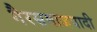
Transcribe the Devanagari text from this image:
गैरसमाजवादी